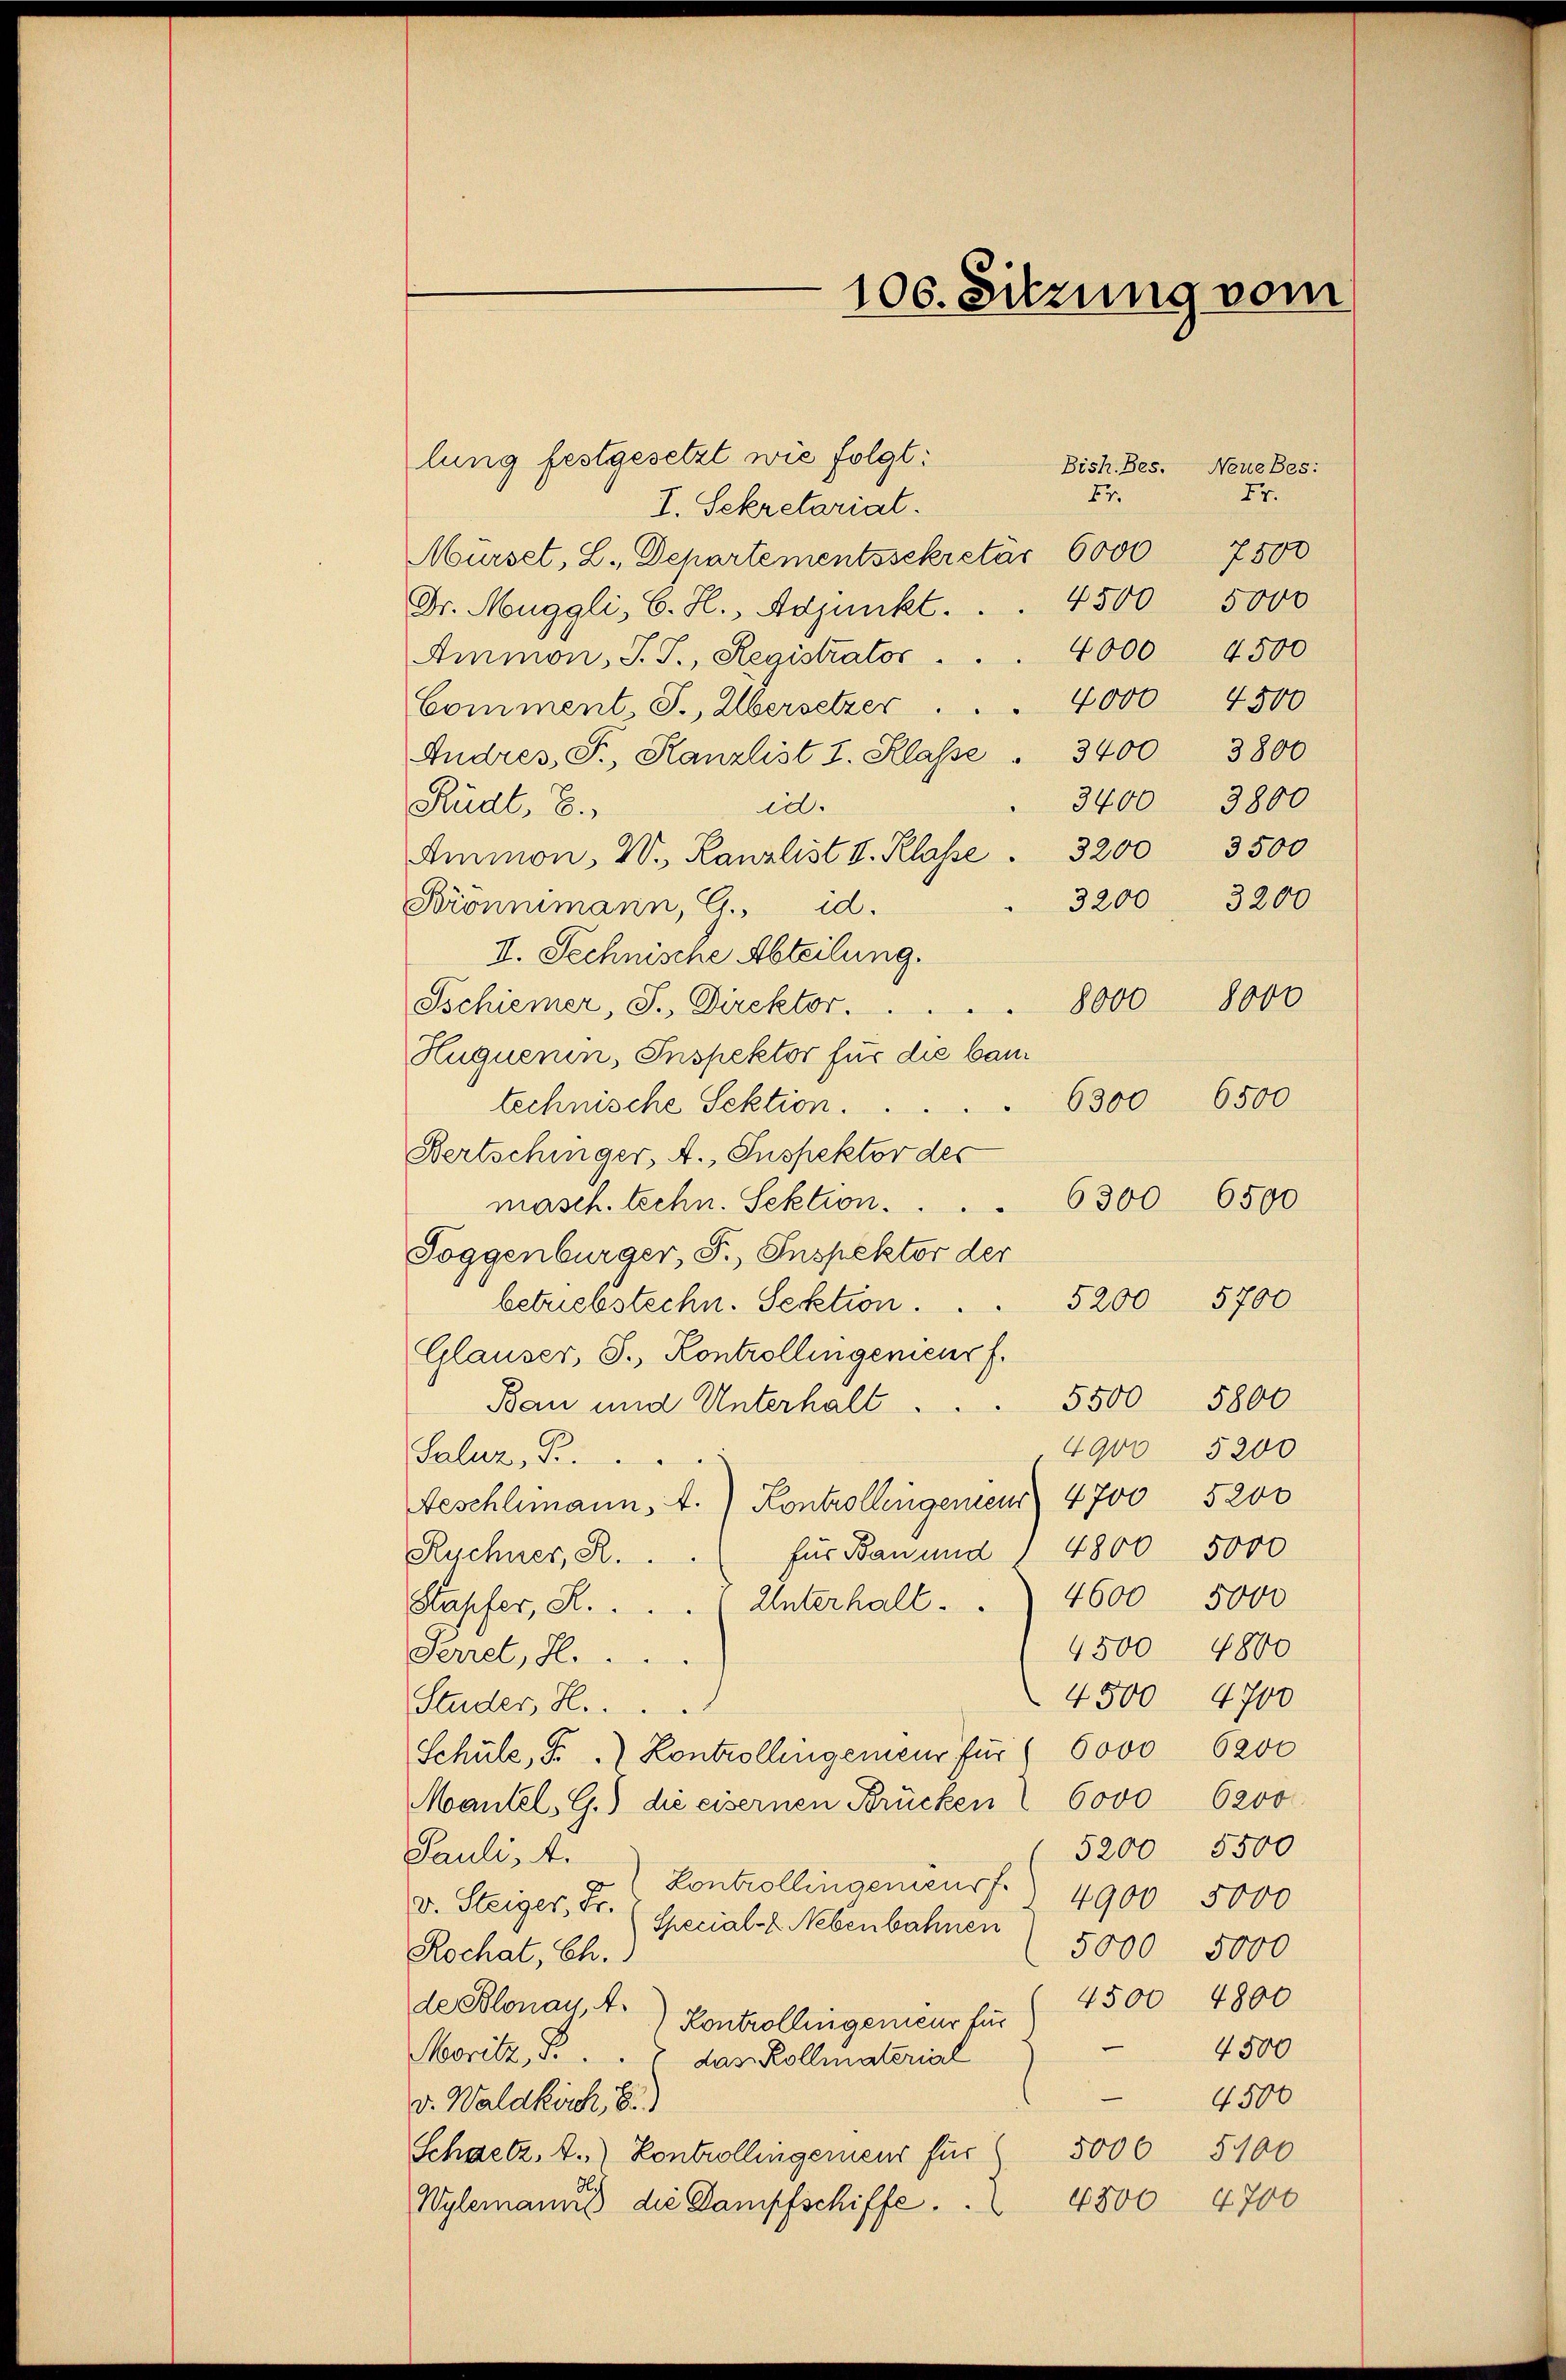
106. Sitzung vom

lung festgesetzt wie folgt:
57.
I. Sekretariat.
Mürset, L., Dehartementssekretär 6000
4500
Dr. Muggli, G. H., Adjunkt.
Ammon, J. J., Registrator.
Comment, S., Übersetzer
Andres, S., Kanzlist 3. Klasse . 3400 3800
id.
Rüdt, B.
Ammon, W., Kanzlist v. Klasse . 3200 3500
Brömmimann, G. d.
II. Sechnische Abteilung.
Sschiener, J., Direktor.
Huquenin, Inspektor für die bautechnische Sektion.
Bertschinger, A., Inspektor der
masch. techn. Sektion . . . . 6300 6500
Toggenburger, F. Inspektor der
betriebstechn. Sektion.
Glauser, S., Kontrollingenieur f
Bau und Unterhalt
Salaz, S.
Beschlimann. A.) Kontrollingenen 4700 5200
für Bau und
Ruchner, R.
Unterhalt . . 4600 5000
Hapfer, S.
4500 4800
Parret, H. ...
4500 4700
Studer, H.
Schule, Sr. Kontrollingemein für 6000 6200
6200
Mantel, G.) die eisernen Brücken 6000
5200 5500
Pauli, A.
Kontrollingenieur f. 4900 5000
v. Steiger, Fr. Special-E. Nebenbahnen
5000 5000
Rochat, Ch.
4500 4800
de Blonau A.) Kontrollingenieur für
4500
Moritz, B.
das Kollmatorial
4500
v. Waldkirch, b.)
5006 5100
Schaetz, A.) Controllingenieur für
Wylemanns die Dampfschiffe . . 4800 4700

Bish.Bes.

5000
4000 4500
4000 4500
3400 3800

Neue Bes:
Er.
7800

3200 3200
8000 8000
6300 6500
5200 5700
5500 5800
4900 5200
4800 5000